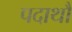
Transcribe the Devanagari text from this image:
पदाथौ